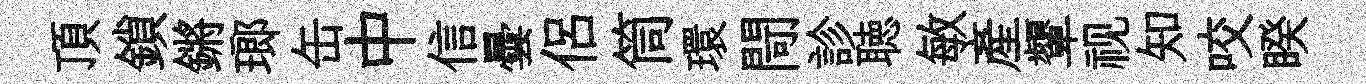
頂鎖鏘瑯缶中信曇侣筒環閜診聴敏產顰视知咬睽